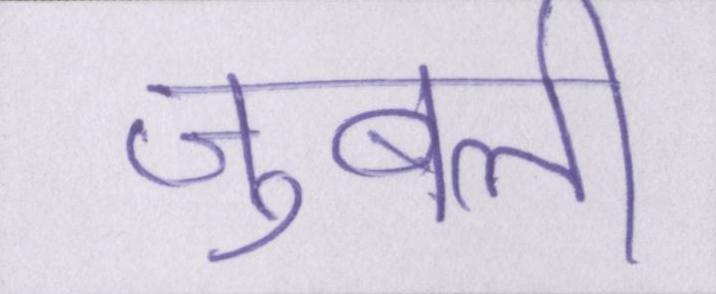
जुबली